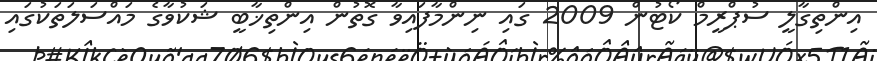
އިންތިގާލީ ސުޕްރީމް ކޯޓުން 2009 ގައި ނިންމާފައިވާ ގޮތުން އިންތިޚާބީ ޝަކުވާގެ މައްސަލަތަކުގައި